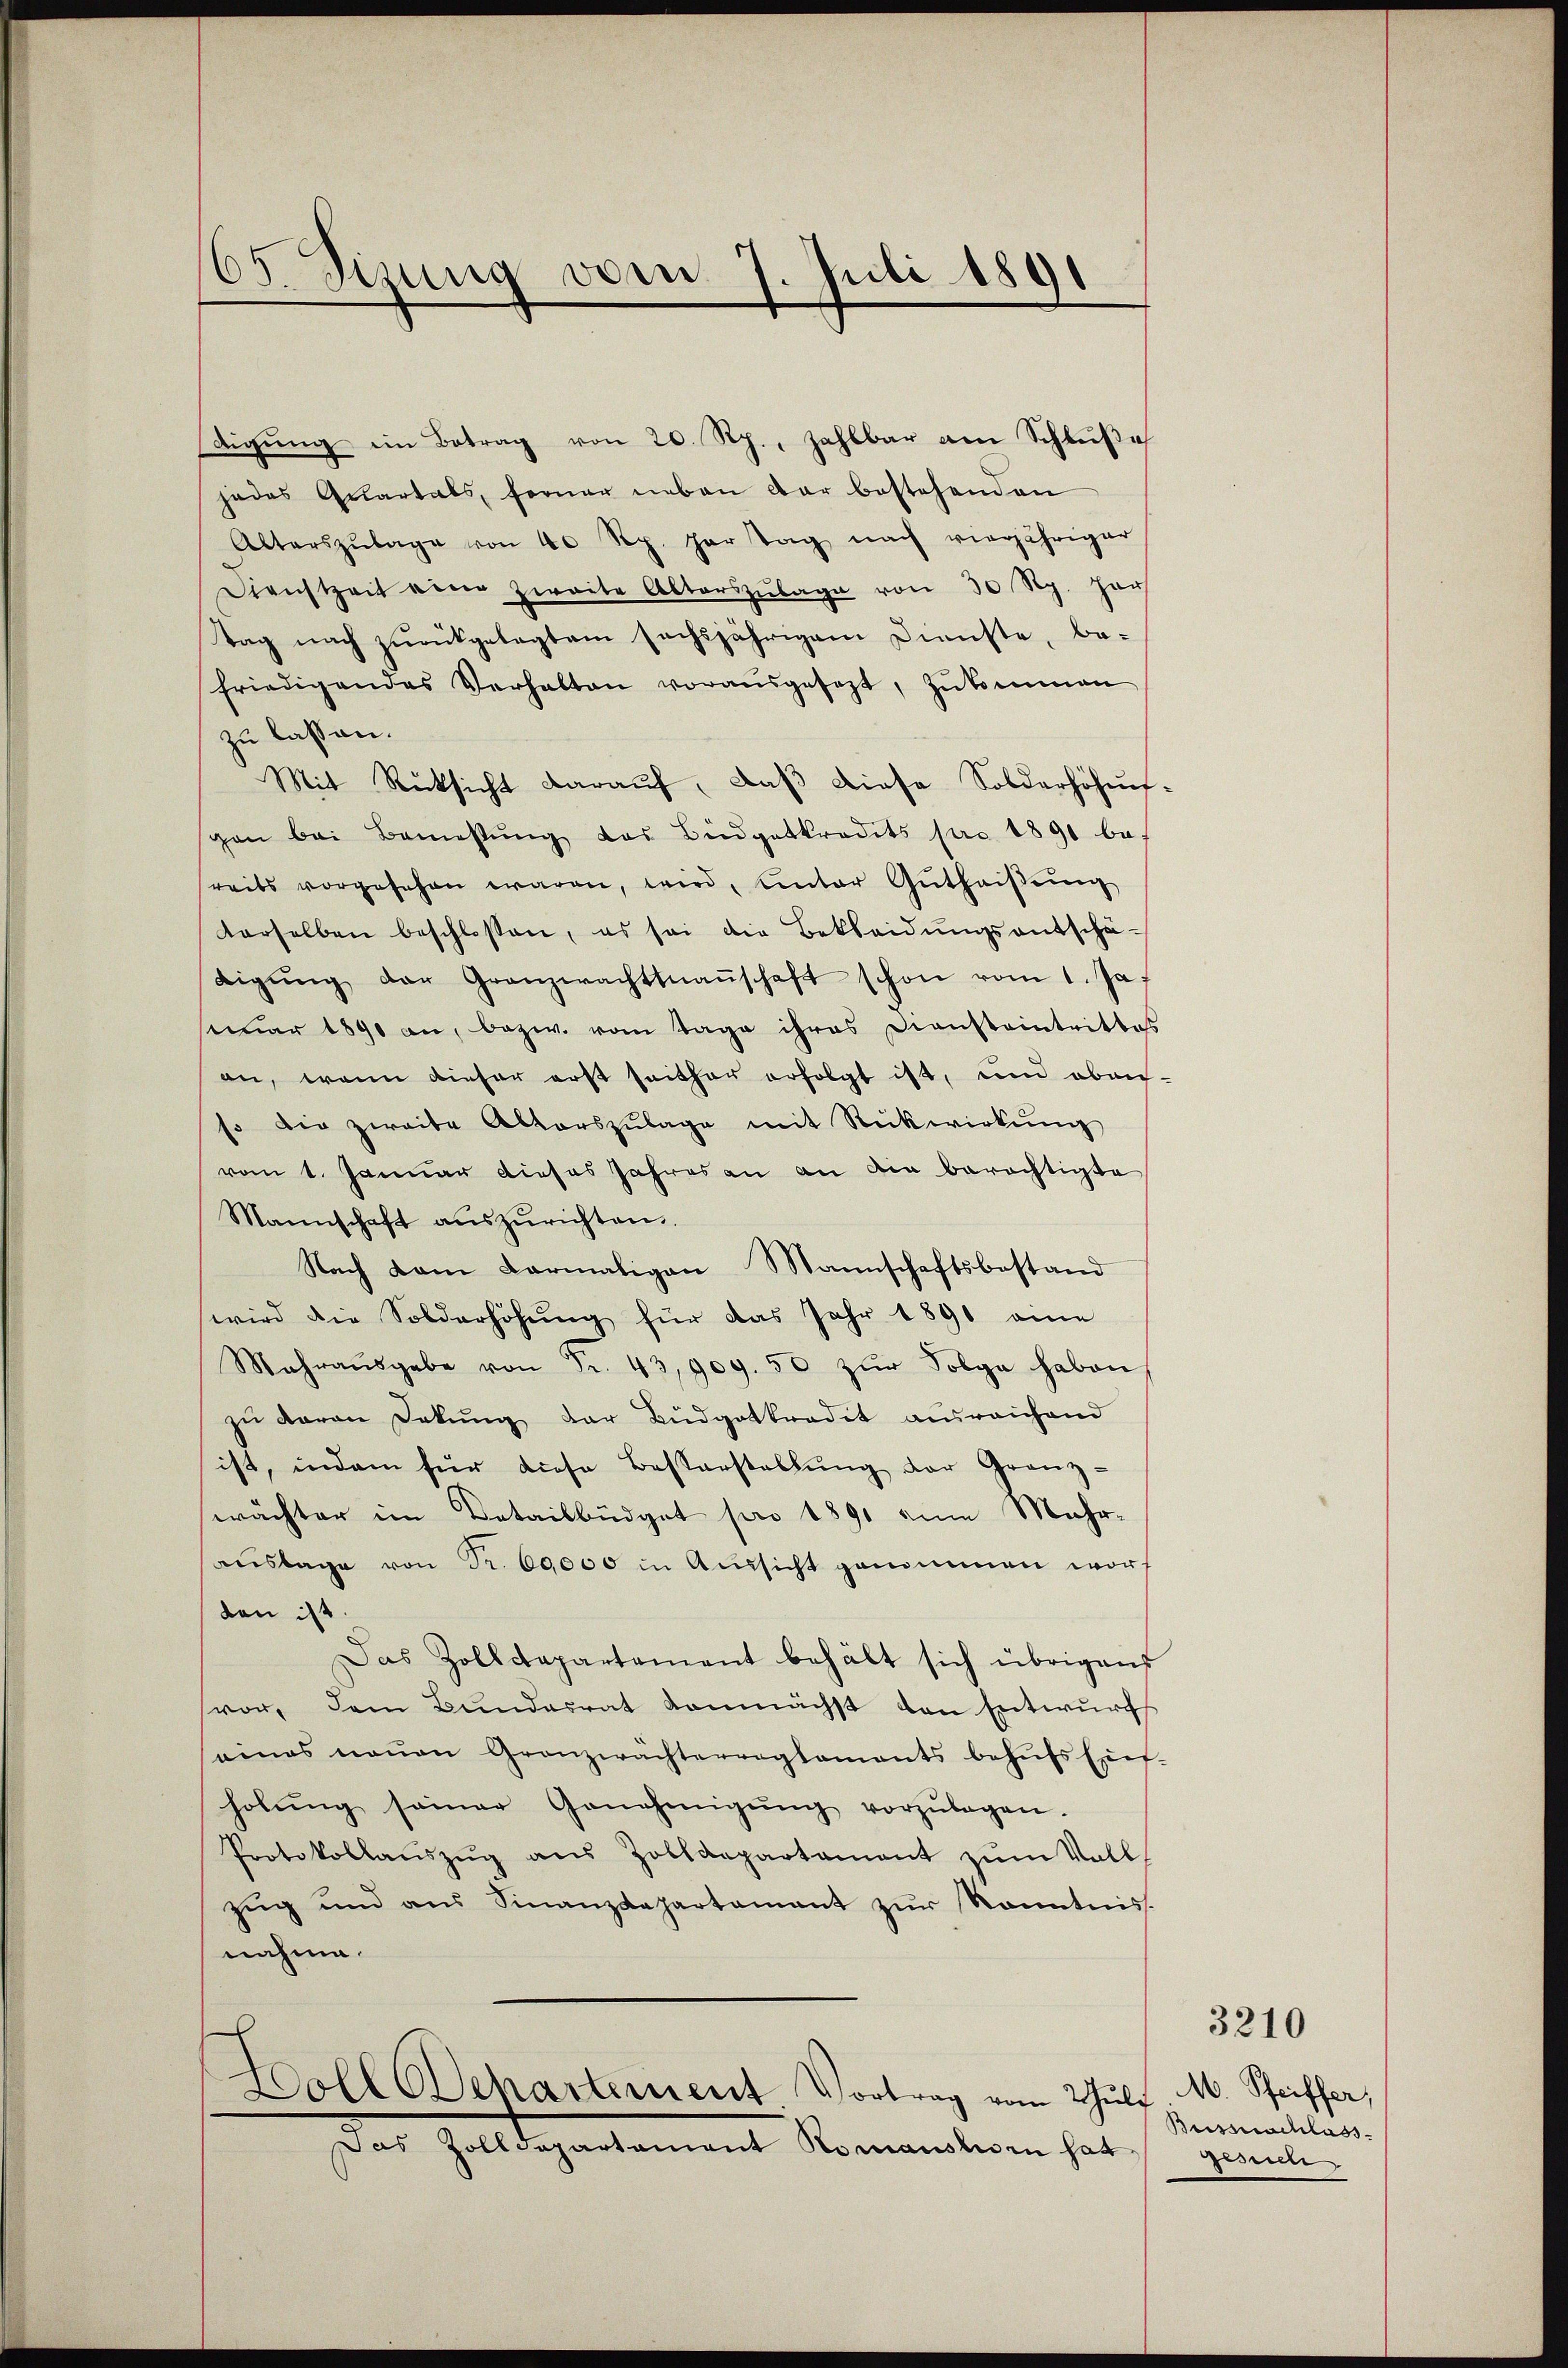
65. Sizung vom 7. Juli 1891

digŭng im Betrag von 20 Rp., zahlbar am Schlŭβe
jedes Quartals, ferner neben dar bestehenden
Alterszŭlage von 40 Rp. per tag nach vierjähriger
Dienstzeit einer zweite Alterszŭlage von 30 Rp. har
tag nach zŭrückgelegtem sechsjährigem Dienste, be-
friedigendes Verhalten vorausgesezt, zŭkommen
zu lassen.
Mit Rücksicht darauf, daß diese Solderhöhun-
gan bei Bemestŭng das Büdgetkredits pro 1891 be
reits vorgesehen waren, wird, unter Gŭthaiβŭng
derselben beschlossen, es sei die Bekleidŭngsantschä-
digŭng der Granzwachtsnaṅschaft schon vom 1. Ja
semar 1890 an, bezw. vom Tage ihres Diensteintrittes
an, wenn dieser erst seither erfolgt ist, und obenso die zweite Altarszŭlage mit Rückwirkung
vom 1. Januar dieses Jahres an an die berichtigte
Mannschaft aŭszŭrichten.
Nach dem darmaligen Mannschaftsbestand
wird die Solderhöhŭng für das Jahr 1890 eine
Mahraŭsgabe von Fr. 43,909. 50 zŭr Folge haben
zŭ Baron Dekŭng der Büdgetkredit ausreichend
ist, indem für diese Besserstellŭng der Granz-
wächter im Detailbüdget pro 1891 eine Mehr-
aŭslage von Fr. 60000 in Aŭssicht genommen worden ist.
Das Zolldepartement behält sich übrigens
vor, dem Bundesrat demnächst von Entwurfs
eines neŭen Granzwächterreglements behŭfs Ein-
holŭng seiner Genehmigŭng vorzŭlegen.
Protokollaŭszŭg aŭs Zolldepartament zŭm Voll
zŭg und ans Finanzdepartament zŭr Kenntnis.
nahme.
Doll Departement Vortrag vom Schulf
Das Zolldepartament Romansturn hat

M. Pfeiffer,
Busseschlass
sussich

3210